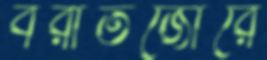
বরাতজোরে